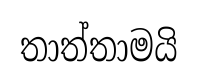
තාත්තාමයි